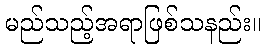
မည်သည့်အရာဖြစ်သနည်း။